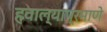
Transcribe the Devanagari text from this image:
हवाल्याप्रमाणे